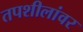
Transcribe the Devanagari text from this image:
तपशीलांवर